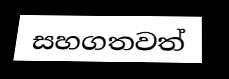
සහගතවත්